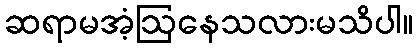
ဆရာမအံ့ဩနေသလားမသိပါ။